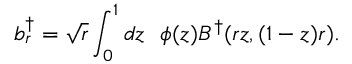
b _ { r } ^ { \dagger } = \sqrt { r } \int _ { 0 } ^ { 1 } d z \ \ \phi ( z ) B ^ { \dagger } ( r z , ( 1 - z ) r ) .